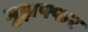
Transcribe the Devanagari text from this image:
मुझफ्फर